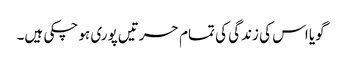
گویا اس کی زندگی کی تمام حسرتیں پوری ہو چکی ہیں۔